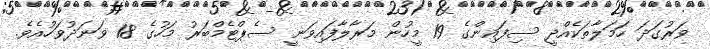
ވަރުގަދަ ހަމަލާތަކެއްދީ ސިފައިންގެ 19 މީހުން މަރާލާފައިވަނީ ސެޕްޓެމްބަރު މަހުގެ 18 ވަނަދުވަހުއެވެ.